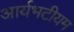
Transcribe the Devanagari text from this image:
आर्यभटीयम